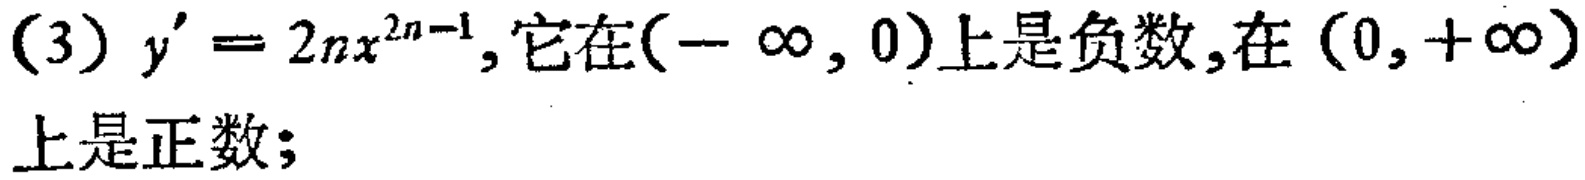
(3) \(y' = 2nx^{2n - 1}\), 它在\((-\infty, 0)\)上是负数,在\((0, +\infty)\)上是正数;